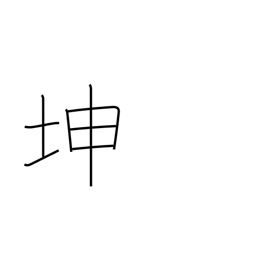
Meaning: land